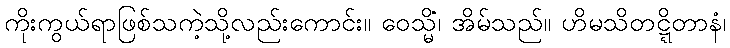
ကိုးကွယ်ရာဖြစ်သကဲ့သို့လည်းကောင်း။ ဝေသ္မိံ၊ အိမ်သည်။ ဟိမသိတဋ္ဋိတာနံ၊